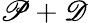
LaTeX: \mathscr P+\mathscr D